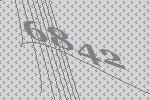
6842